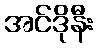
အင်ဒိုနီး